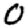
Digit: 0